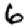
Digit: 6